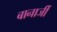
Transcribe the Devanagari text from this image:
बानार्जी